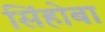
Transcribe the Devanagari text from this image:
सिंहोबा